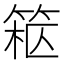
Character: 𥮹